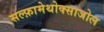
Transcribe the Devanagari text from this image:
सल्‍फ़ामेथोक्‍साजोल